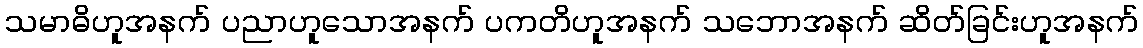
သမာဓိဟူအနက် ပညာဟူသောအနက် ပကတိဟူအနက် သဘောအနက် ဆိတ်ခြင်းဟူအနက်